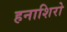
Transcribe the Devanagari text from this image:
हनाशिरो